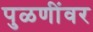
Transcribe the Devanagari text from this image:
पुळणींवर